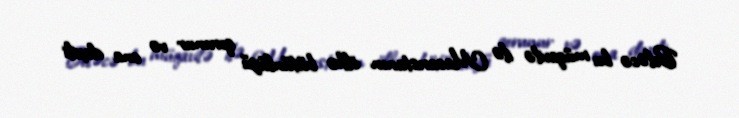
Beləcə bu müqavilə ilə Macarıstanın ölkə bütünlüyü qorunur və ona daxili